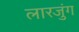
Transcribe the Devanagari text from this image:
लारजुंग